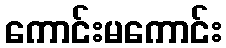
ကောင်းမကောင်း